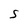
Character: s